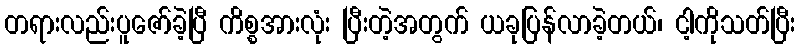
တရားလည်းပူဇော်ခဲ့ပြီ ကိစ္စအားလုံး ပြီးတဲ့အတွက် ယခုပြန်လာခဲ့တယ်၊ ငါ့ကိုသတ်ပြီး